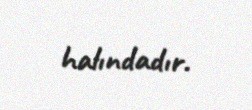
halındadır.